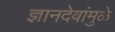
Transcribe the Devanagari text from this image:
ज्ञानदेवांमुळे